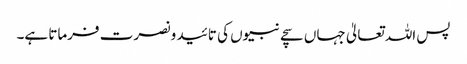
پس اللہ تعالیٰ جہاں سچے نبیوں کی تائید و نصرت فرماتا ہے۔